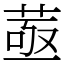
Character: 䓧